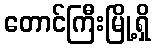
တောင်ကြီးမြို့ရှိ